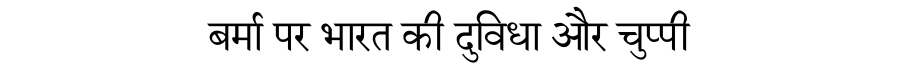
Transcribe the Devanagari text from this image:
बर्मा पर भारत की दुविधा और चुप्पी